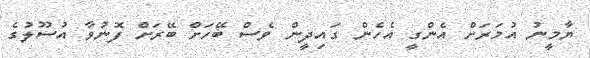
ޔާމީނު އުމަރަށް އެންގީ އެހެން ގައިދީން ވެސް ބޭހަށް ބޭރަށް ފޮނުވާ އުސޫލުގެ